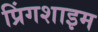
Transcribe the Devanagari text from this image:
प्रिंगशाइम